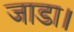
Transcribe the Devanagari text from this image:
जाडा।